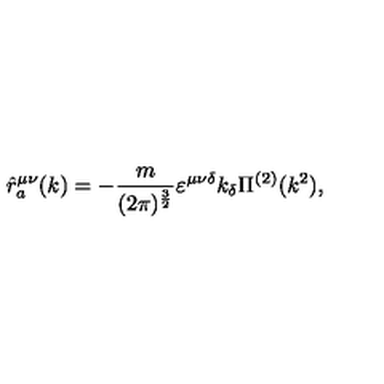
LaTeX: \hat { r } _ { a } ^ { \mu \nu } ( k ) = - \frac { m } { ( 2 \pi ) ^ { \frac { 3 } { 2 } } } \varepsilon ^ { \mu \nu \delta } k _ { \delta } \Pi ^ { ( 2 ) } ( k ^ { 2 } ) ,